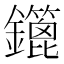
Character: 𨯥